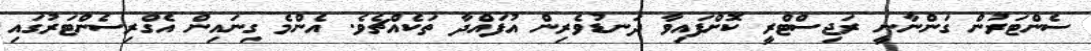
ސެންޓަރުން ގަންނާނީ ރަޖިސްޓްރީ ކޮށްފައިވާ ދަނޑުވެރިން އުފައްދާ ތަކެއްޗެވެ. އެންމެ ގިނައިން އެގްރިސެންޓަރުގައި